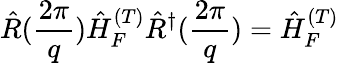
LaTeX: \hat{R}(\frac{2\pi}{q})\hat{H}_{F}^{(T)}\hat{R}^{\dagger}(\frac{2\pi}{q})=\hat{H}_{F}^{(T)}